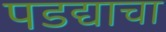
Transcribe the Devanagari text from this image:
पडद्याचा